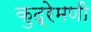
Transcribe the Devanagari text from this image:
कुद्रेमणी